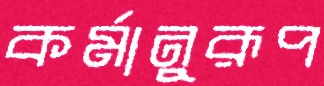
কর্মানুরূপ